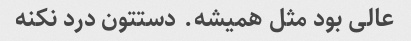
عالی بود مثل همیشه. دستتون درد نکنه